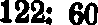
122: 80